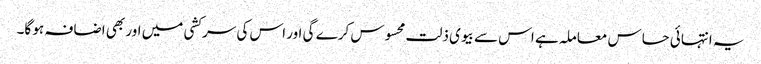
یہ انتہائی حساس معاملہ ہے اس سے بیوی ذلت محسوس کرے گی اور اس کی سرکشی میں اور بھی اضافہ ہو گا۔